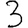
Digit: 3